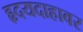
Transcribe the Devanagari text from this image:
हृदयदाहावर